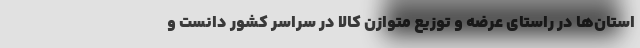
استان‌ها در راستای عرضه و توزیع متوازن کالا در سراسر کشور دانست و